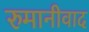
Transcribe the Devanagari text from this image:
रुमानीवाद